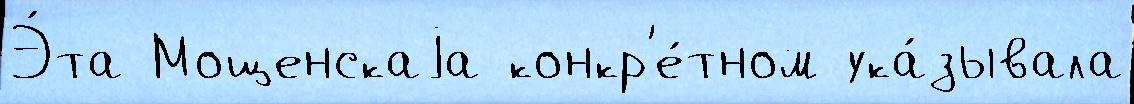
Э́та Мощенскаjа конкр'е́тном ука́зывала